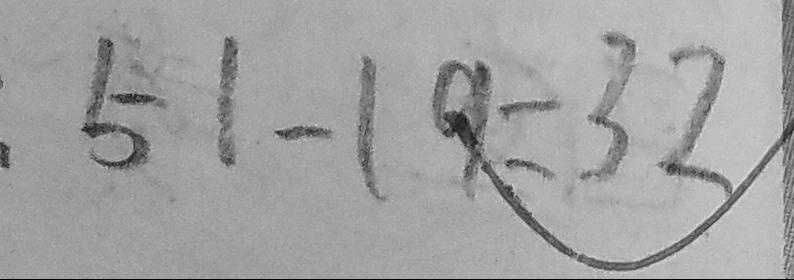
. 5 1 - 1 9 = 3 2